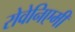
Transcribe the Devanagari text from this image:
रोवेनिएमी